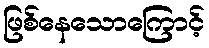
ဖြစ်နေသောကြောင့်